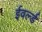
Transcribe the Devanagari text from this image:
ईवर्ल्ड